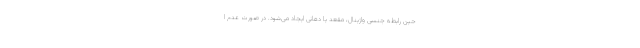
حین رابطه جنسی واژینال، مقعد یا دهانی ایجاد می‌شود. در صورت عدم ا